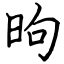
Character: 昫